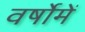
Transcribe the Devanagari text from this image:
वर्षोमें